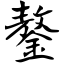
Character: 鏊